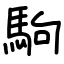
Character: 駒